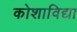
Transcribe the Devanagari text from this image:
कोशाविद्या